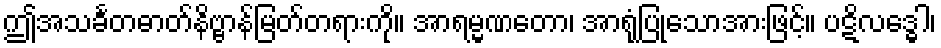
ဤအသင်္ခတဓာတ်နိဗ္ဗာန်မြတ်တရားကို။ အာရမ္မဏတော၊ အာရုံပြုသောအားဖြင့်။ ပဋိလဒ္ဓေါ၊